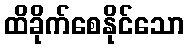
ထိခိုက်စေနိုင်သော